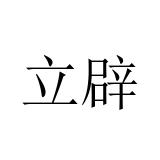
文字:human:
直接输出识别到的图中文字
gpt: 立辟